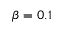
\beta = 0 . 1